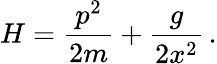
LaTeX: H={\frac{p^{2}}{2m}}+{\frac{g}{2x^{2}}}\, .